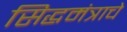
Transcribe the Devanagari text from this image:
सिद्धमंत्राचे